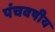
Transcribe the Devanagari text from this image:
पंचवषीय